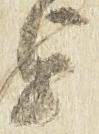
を